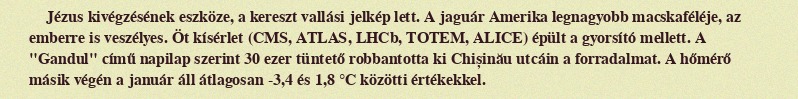
Jézus kivégzésének eszköze, a kereszt vallási jelkép lett. A jaguár Amerika legnagyobb macskaféléje, az emberre is veszélyes. Öt kísérlet (CMS, ATLAS, LHCb, TOTEM, ALICE) épült a gyorsító mellett. A "Gandul" című napilap szerint 30 ezer tüntető robbantotta ki Chișinău utcáin a forradalmat. A hőmérő másik végén a január áll átlagosan -3,4 és 1,8 °C közötti értékekkel.